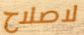
لاصلاح